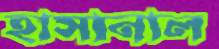
হাসানাল